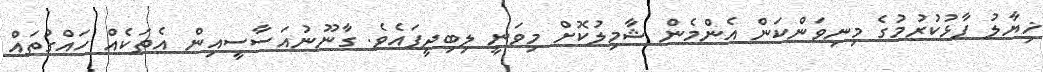
ޚިޔާލު ފާޅުކުރުމުގެ މިނިވަންކަން އެންމެން ޝާމިލުކޮށް މިވަނީ ލިބިދީފައެވެ. ގާނޫނުއަސާސީއިން އެތަކެއް ހައްގުތައް